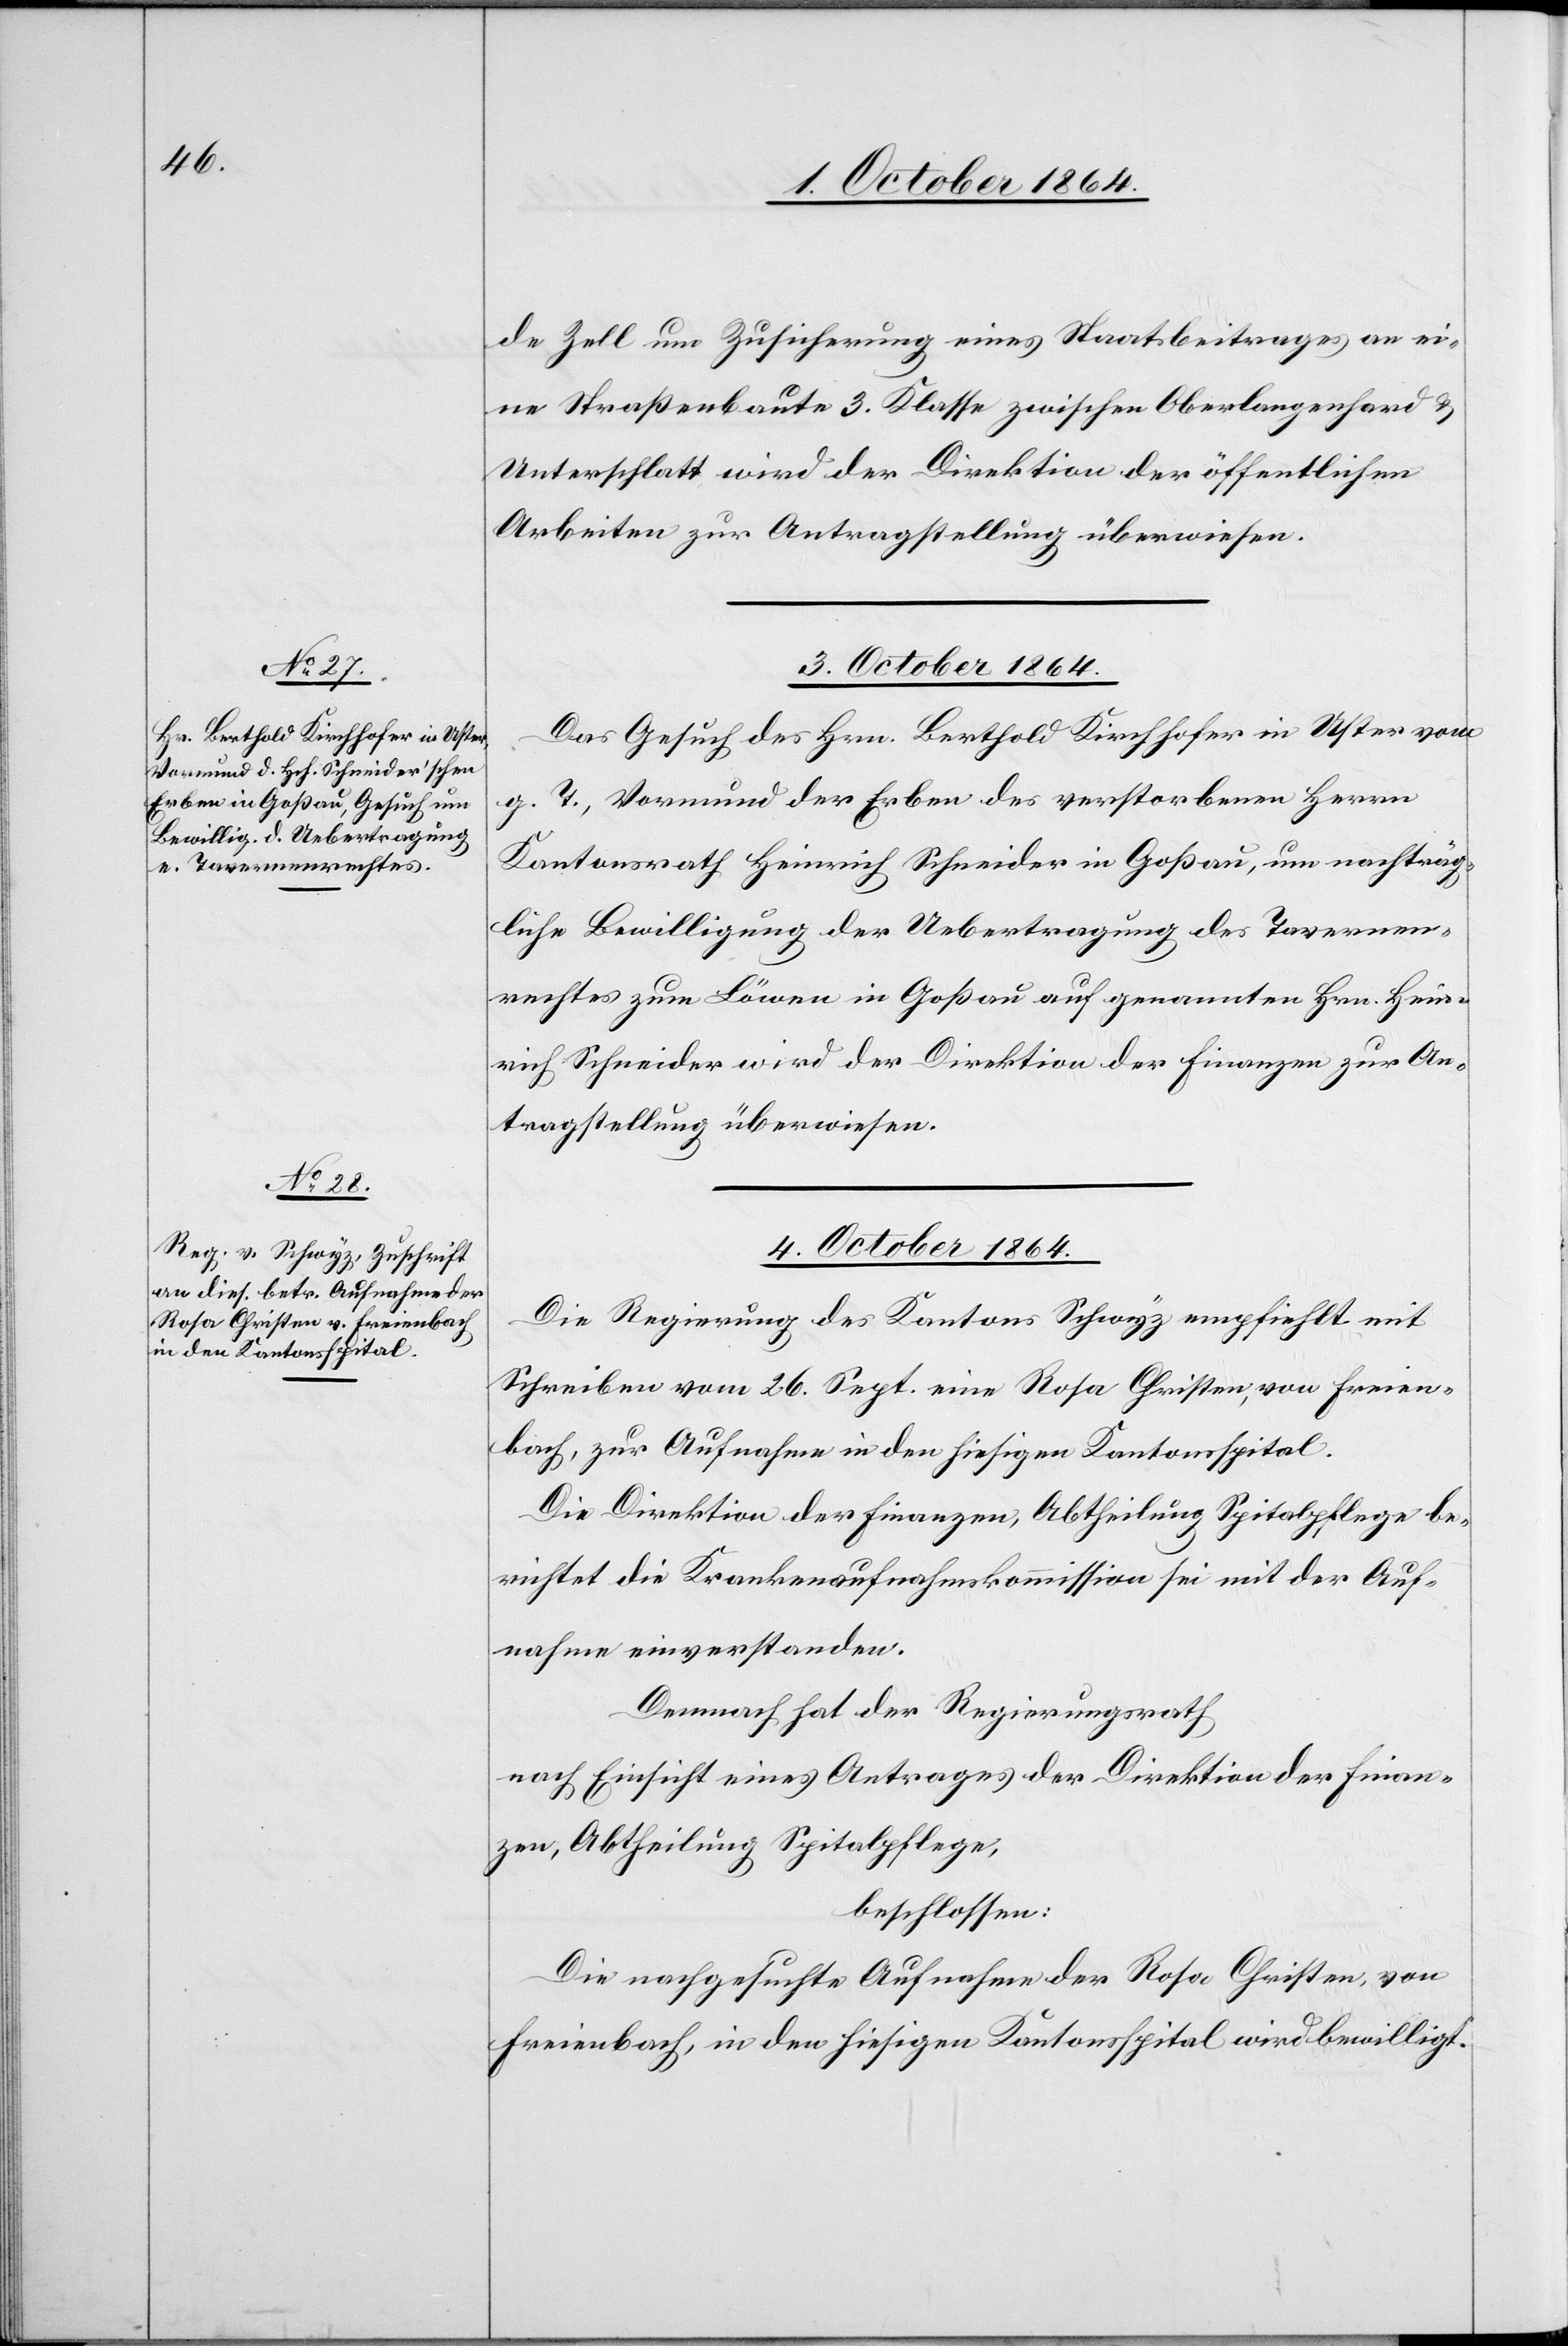
de Zell um Zusicherung eines Staatsbeitrages an ei¬
ne Straßenbaute 3. Klasse zwischen Oberlangenhard &
Unterschlatt wird der Direktion der öffentlichen
Arbeiten zur Antragstellung überwiesen.
3. October 1864.
Das Gesuch des Hrn. Berthold Kirchhofer in Uster vom
g. T., Vormund der Erben des verstorbenen Herrn
Kantonsrath Heinrich Schneider in Goßau, um nachträg¬
liche Bewilligung der Uebertragung des Tavernen¬
rechtes zum Löwen in Goßau auf genannten Hrn. Hein¬
rich Schneider wird der Direktion der Finanzen zur An¬
tragstellung überwiesen.
4. October 1864.
Die Regierung des Kantons Schwyz empfiehlt mit
Schreiben vom 26. Sept. eine Rosa Christen, von Freien¬
bach, zur Aufnahme in den hiesigen Kantonsspital.
Die Direktion der Finanzen, Abtheilung Spitalpflege be¬
richtet die Krankenaufnahmskommission sei mit der Auf¬
nahme einverstanden.
Demnach hat der Regierungsrath
nach Einsicht eines Antrages der Direktion der Finan¬
zen, Abtheilung Spitalpflege,
beschlossen:
Die nachgesuchte Aufnahme der Rosa Christen, von
Freienbach, in den hiesigen Kantonsspital wird bewilligt.